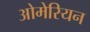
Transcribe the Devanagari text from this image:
ओमेरियन